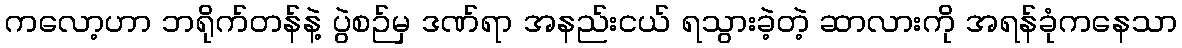
ကလော့ဟာ ဘရိုက်တန်နဲ့ ပွဲစဉ်မှ ဒဏ်ရာ အနည်းငယ် ရသွားခဲ့တဲ့ ဆာလားကို အရန်ခုံကနေသာ